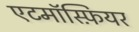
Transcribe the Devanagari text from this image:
एटमॉस्फ़ियर